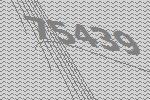
75439